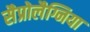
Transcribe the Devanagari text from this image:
सैप्रोलैग्निया